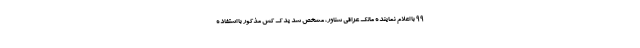
۹۹ با اعلام نماینده مالک عراقی شناور، مشخص شد یدک کش مذکور با استفاده